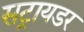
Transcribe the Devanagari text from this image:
सट्रायडर